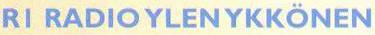
R1 RADIO YLEN YKKÖNEN